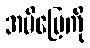
အမိမြေကို